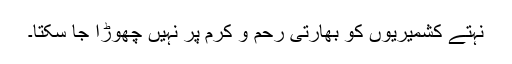
نہتے کشمیریوں کو بھارتی رحم و کرم پر نہیں چھوڑا جا سکتا۔